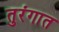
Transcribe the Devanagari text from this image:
तुरंगात